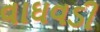
વાઘવડી